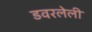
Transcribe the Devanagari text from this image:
डवरलेली